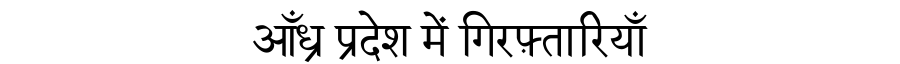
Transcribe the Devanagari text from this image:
आँध्र प्रदेश में गिरफ़्तारियाँ